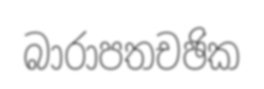
බාරාපතචඡික